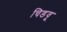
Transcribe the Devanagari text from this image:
चिडवू